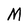
Character: M